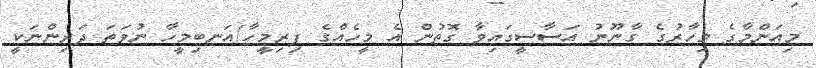
މިއަންމާގެ މިހާރުގެ ގާނޫނު އަސާސީގައިވާ ގޮތުން އެ މީހެއްގެ ފިރިމީހާ/އަނބިމީހާ ނުވަތަ ދަރިންނަކީ